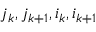
j _ { k } , j _ { k + 1 } , i _ { k } , i _ { k + 1 }